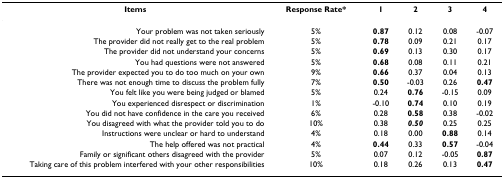
| Items | Response Rate* | 1 | 2 | 3 | 4 |
 | --- | --- | --- | --- | --- | --- |
 | Your problem was not taken seriously | 5% | 0.87 | 0.12 | 0.08 | -0.07 |
 | The provider did not really get to the real problem | 5% | 0.78 | 0.09 | 0.21 | 0.17 |
 | The provider did not understand your concerns | 5% | 0.69 | 0.13 | 0.30 | 0.17 |
 | You had questions were not answered | 5% | 0.68 | 0.08 | 0.11 | 0.21 |
 | The provider expected you to do too much on your own | 9% | 0.66 | 0.37 | 0.04 | 0.13 |
 | There was not enough time to discuss the problem fully | 7% | 0.50 | -0.03 | 0.26 | 0.47 |
 | You felt like you were being judged or blamed | 5% | 0.24 | 0.76 | -0.15 | 0.09 |
 | You experienced disrespect or discrimination | 1% | -0.10 | 0.74 | 0.10 | 0.19 |
 | You did not have confidence in the care you received | 6% | 0.28 | 0.58 | 0.38 | -0.02 |
 | You disagreed with what the provider told you to do | 10% | 0.38 | 0.50 | 0.25 | 0.25 |
 | Instructions were unclear or hard to understand | 4% | 0.18 | 0.00 | 0.88 | 0.14 |
 | The help offered was not practical | 4% | 0.44 | 0.33 | 0.57 | -0.04 |
 | Family or significant others disagreed with the provider | 5% | 0.07 | 0.12 | -0.05 | 0.87 |
 | Taking care of this problem interfered with your other responsibilities | 10% | 0.18 | 0.26 | 0.13 | 0.47 |